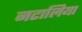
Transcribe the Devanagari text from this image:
नटालिया